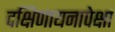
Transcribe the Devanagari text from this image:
दक्षिणायनापेक्षा